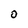
Character: O